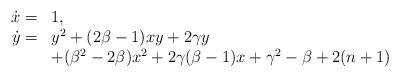
LaTeX: \begin{align*}\begin{array}{rl}\dot{x}=&1,\\\dot{y}=&y^2+(2\beta-1)xy+2\gamma y\\&+(\beta^2-2\beta)x^2+2\gamma(\beta-1)x+ \gamma^2-\beta+2(n+1)\end{array}\end{align*}